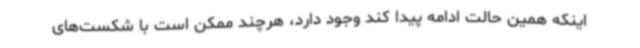
اینکه همین حالت ادامه پیدا کند وجود دارد، هرچند ممکن است با شکست‌های